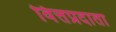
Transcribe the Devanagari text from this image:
वित्तप्रदाता